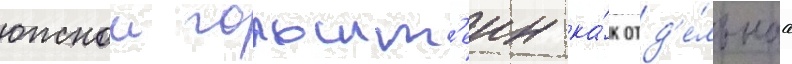
южнои гольшт'еин ка́к отд'е́льнаа